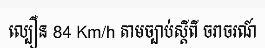
ល្បឿន 84 Km/h តាមច្បាប់ស្តីពី ចរាចរណ៍